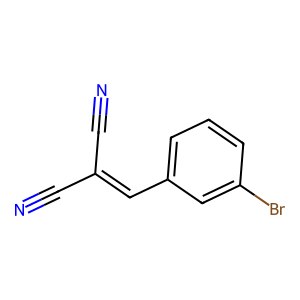
SMILES: N#CC(C#N)=Cc1cccc(Br)c1
Inhibits HIV replication: No